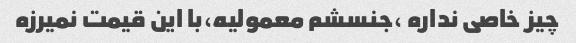
چیز خاصی نداره ،جنسشم معمولیه،با این قیمت نمیرزه